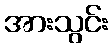
အားသွင်း